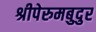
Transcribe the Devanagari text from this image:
श्रीपेरुमबुदुर